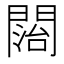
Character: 𨵔